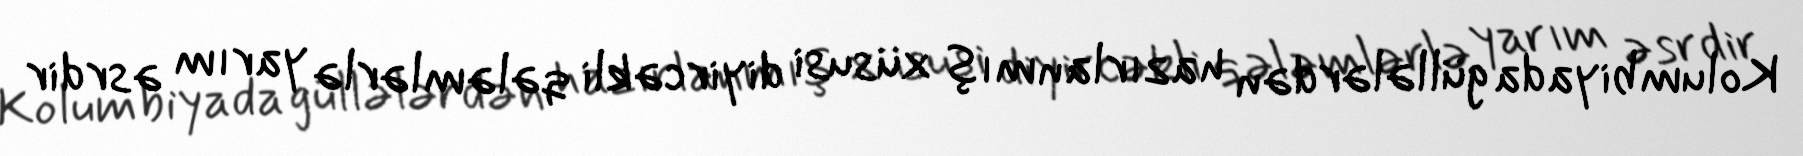
Kolumbiyada güllələrdən hazırlanmış xüsusi diyircəkli qələmlərlə yarım əsrdir